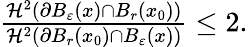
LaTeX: \begin{array}{r}{\frac{\mathcal{H}^{2}(\partial B_{\varepsilon}(x)\cap B_{r}(x_{0}))}{\mathcal{H}^{2}(\partial B_{r}(x_{0})\cap B_{\varepsilon}(x))}\leq 2.}\end{array}